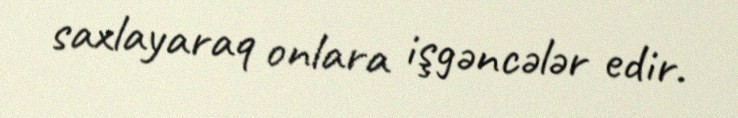
saxlayaraq onlara işgəncələr edir.